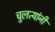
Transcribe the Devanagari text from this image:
चुलत्यांनी